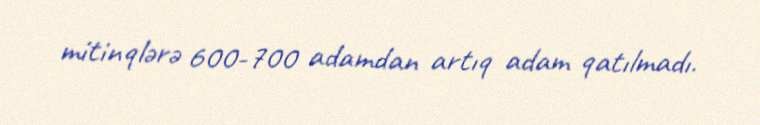
mitinqlərə 600-700 adamdan artıq adam qatılmadı.